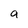
Character: a